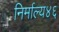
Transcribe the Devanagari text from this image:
निर्माल्य४६